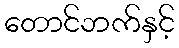
တောင်ဘက်နှင့်